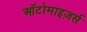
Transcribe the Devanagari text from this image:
ऑटोमाइज़र्स